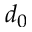
d _ { 0 }